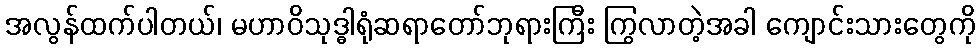
အလွန်ထက်ပါတယ်၊ မဟာဝိသုဒ္ဓါရုံဆရာတော်ဘုရားကြီး ကြွလာတဲ့အခါ ကျောင်းသားတွေကို